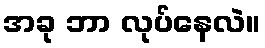
အခု ဘာ လုပ်နေလဲ။